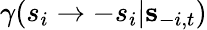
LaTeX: \gamma(s_{i}\to-s_{i}\vert{\mathbf s}_{-i,t})